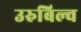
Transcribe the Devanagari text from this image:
उरुबिल्व